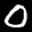
Label: 0